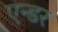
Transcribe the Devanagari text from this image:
एन्डर